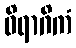
ဝိရာဂိကံ